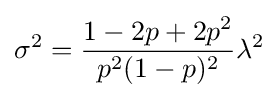
\sigma ^{2}={\frac {1-2p+2p^{2}}{p^{2}(1-p)^{2}}}\lambda ^{2}